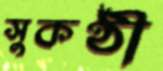
সুকণ্ঠী